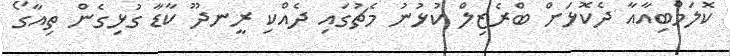
ކޮލަމްބިއާއާ ދެކޮޅަށް ބްރެޒިލް ކުޅުނު މެޗުގައި ދެއްކި ރީނދޫ ކާޑާ ގުޅިގެން ތިއާގޯ